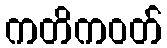
ကတိကဝတ်